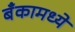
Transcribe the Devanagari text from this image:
बँकामध्ये